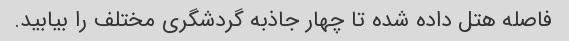
فاصله هتل داده شده تا چهار جاذبه گردشگری مختلف را بیابید.